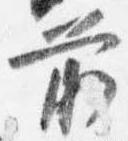
前